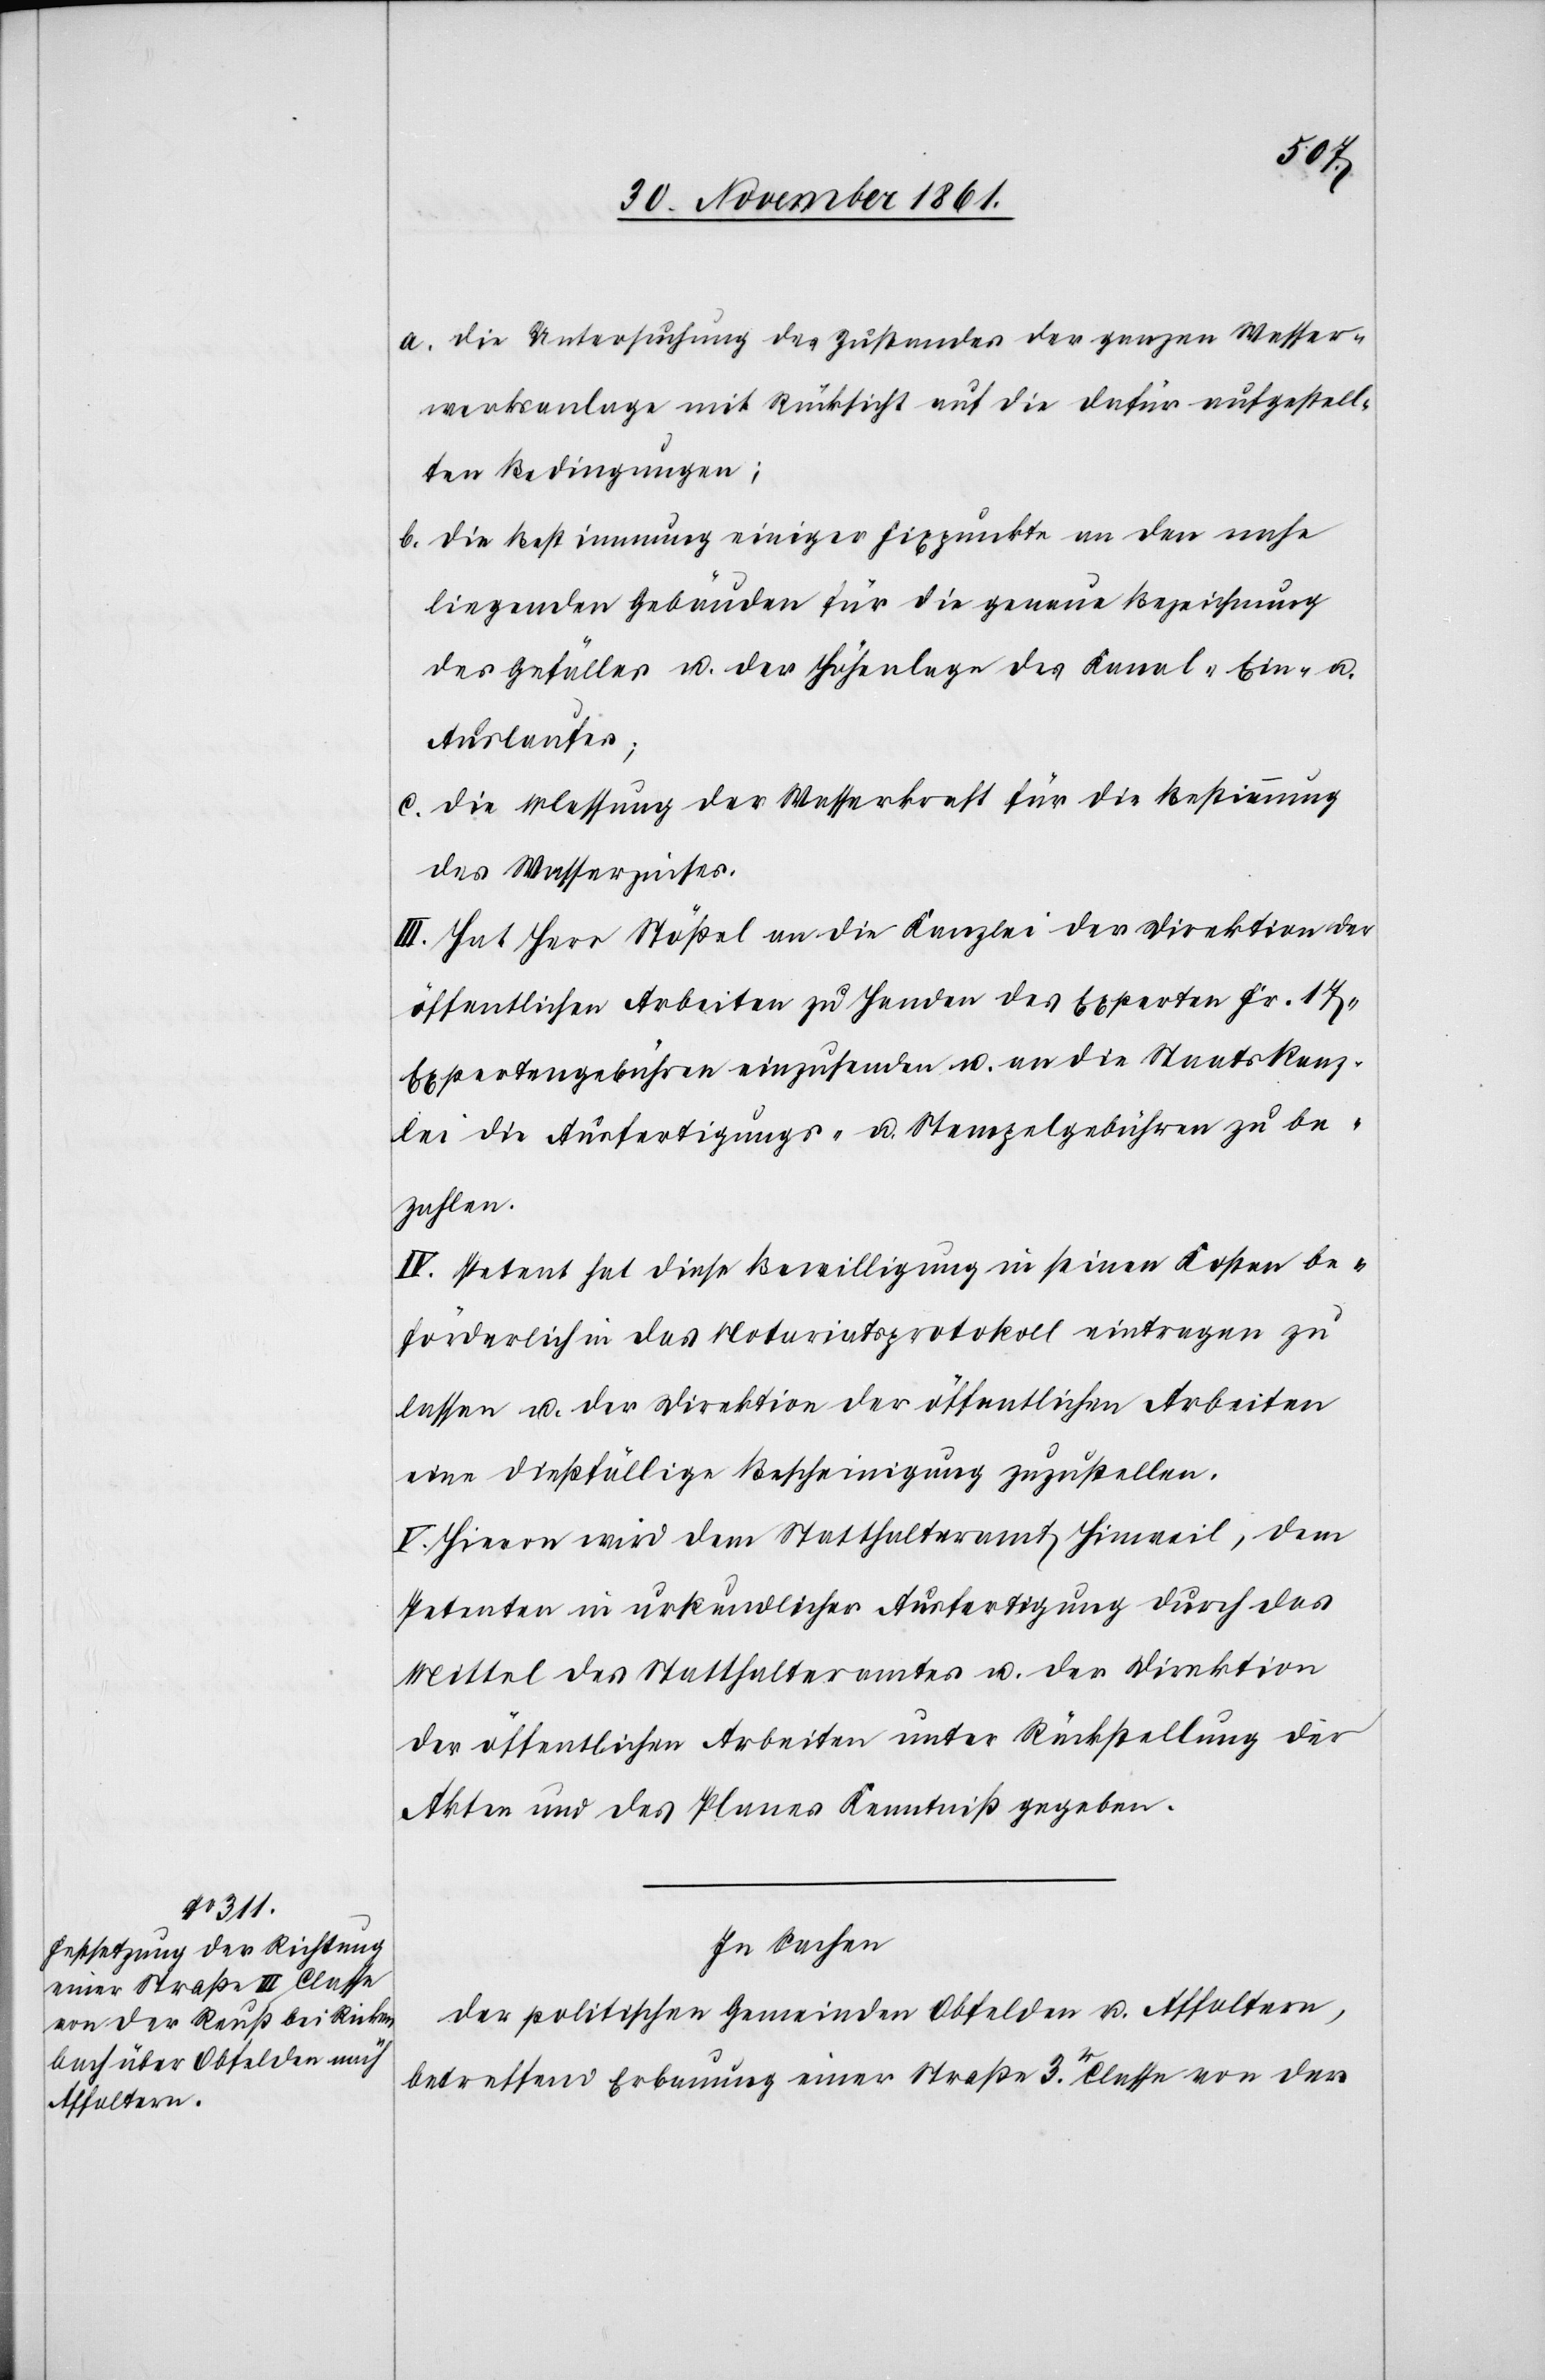
a. die Untersuchung des Zustandes der ganzen Wasser¬
werksanlage mit Rücksicht auf die dafür aufgestell¬
ten Bedingungen:
b. die Bestimmung einiger Fixpunkte an den nahe
liegenden Gebäuden für die genaue Bezeichnung
des Gefälles u. der Höhenlage des Kanal- Ein- u.
Auslaufes;
c. die Messung der Wasserkraft für die Bestimmung
des Wasserzinses.
III. Hat Herr Stößel an die Kanzlei der Direktion der
öffentlichen Arbeiten zu Handen des Experten Fr. 17
Expertengebühren einzusenden u. an die Staatskanz¬
lei die Ausfertigungs- u. Stempelgebühren zu be¬
zahlen.
IV. Petent hat diese Bewilligung in seinen Kosten be¬
förderlich in das Notariatsprotokoll eintragen zu
lassen u. der Direktion der öffentlichen Arbeiten
eine dießfällige Bescheinigung zuzustellen.
V. Hievon wird dem Statthalteramte Hinweil, dem
Petenten in urkundlicher Ausfertigung durch das
Mittel des Statthalteramtes u. der Direktion
der öffentlichen Arbeiten unter Rückstellung der
Akten und des Planes Kenntniß gegeben.
In Sachen
der politischen Gemeinden Obfelden u. Affoltern,
betreffend Erbauung einer Straße 3r Classe von der